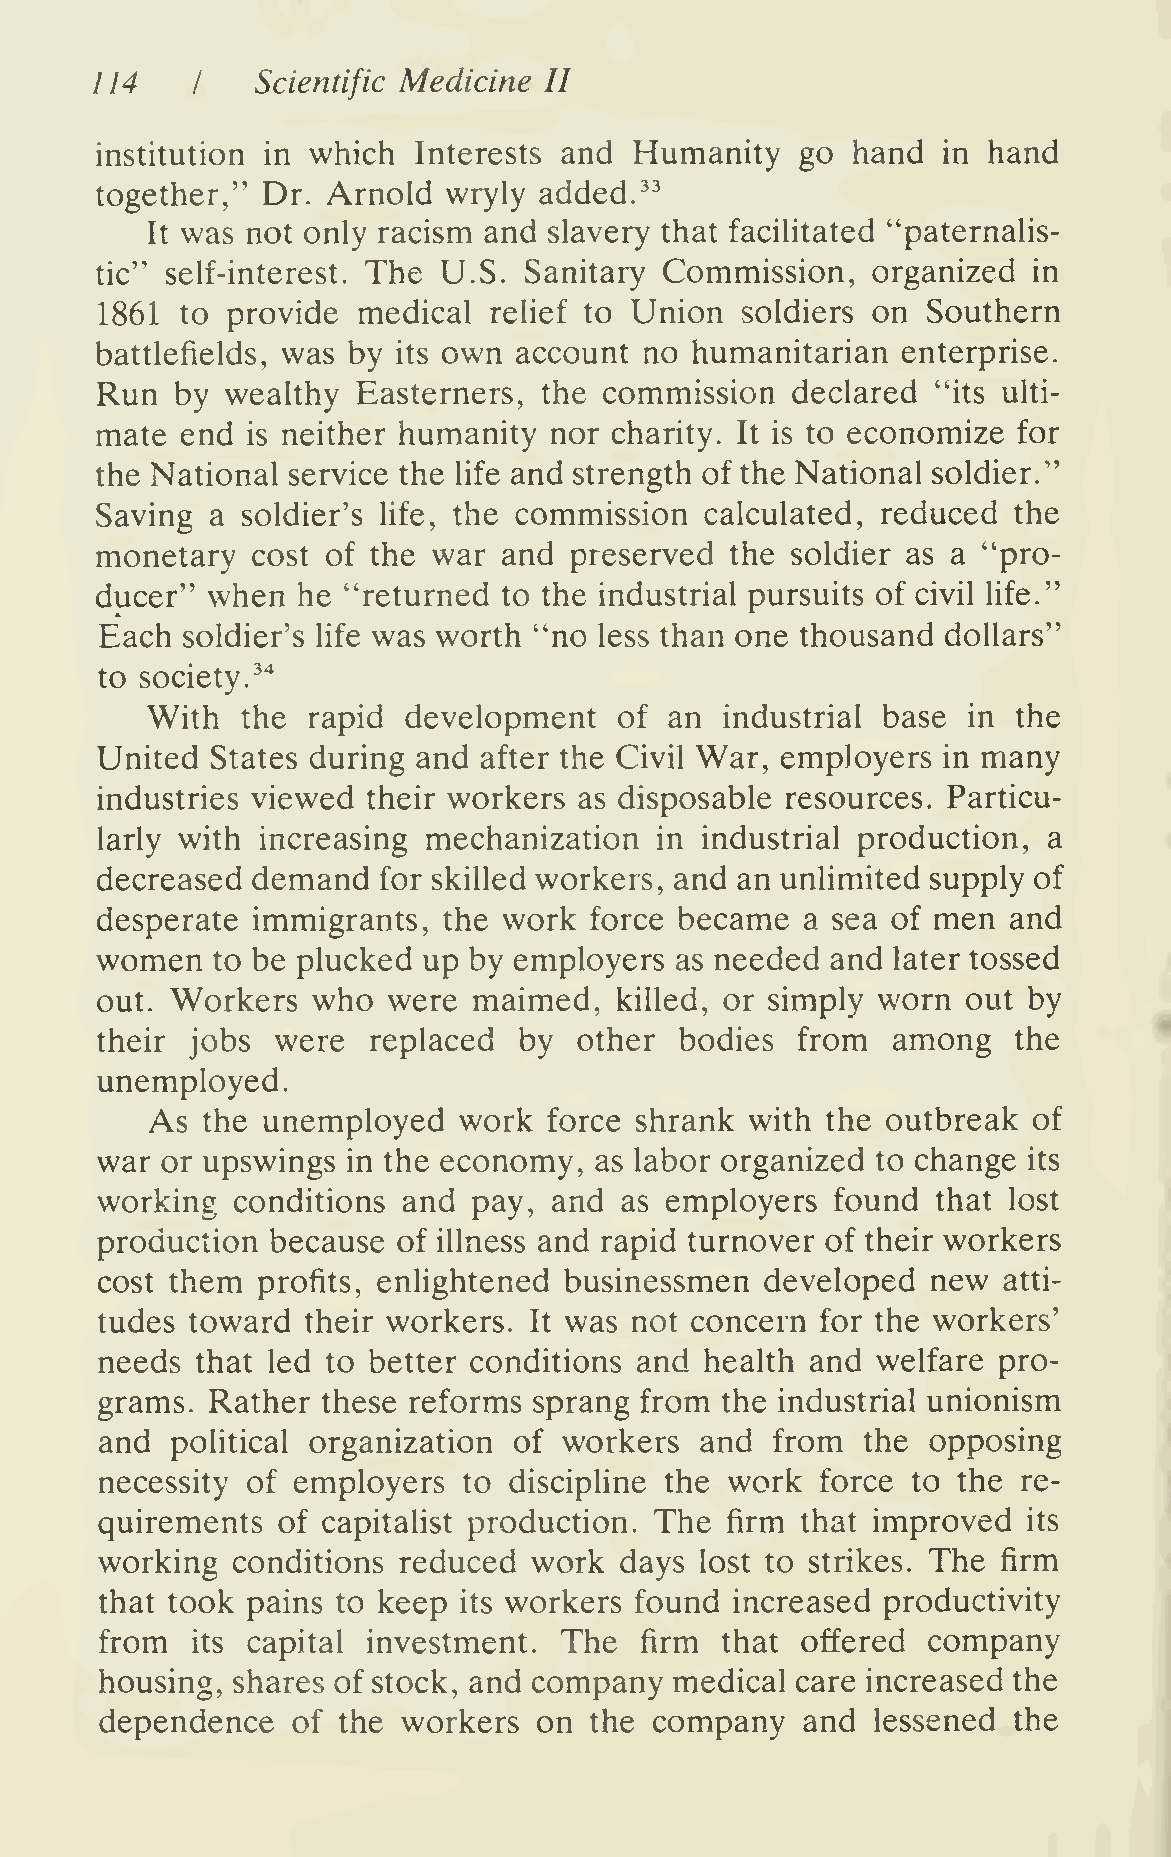
114        Scientific Medicine II
 I
 institution in which Interests and  Humanity   go hand  in hand
 together," Dr.  Arnold wryly  added."
 It was not only racism and slavery that facilitated "paternalis-
 tic" self-interest. The U.S. Sanitary Commission,   organized in
 1861  to provide  medical relief to Union  soldiers on Southern
 battlefields, was by its own account no humanitarian  enterprise.
 Run   by wealthy  Easterners, the commission  declared  "its ulti-
 mate  end is neither humanity nor  charity. It is to economize for
 the National service the life and strength of the National soldier."
 Saving  a soldier's life, the commission calculated, reduced the
 monetary   cost of the war and  preserved the soldier as a "pro-
 ducer"  when  he "returned to the industrial pursuits of civil life."
 Each soldier's life was worth "no less than one thousand dollars"
 to society.^"^
 With  the rapid  development   of an  industrial base in the
 United  States during and after the Civil War, employers in many
 industries viewed their workers as disposable resources. Particu-
 larly with increasing mechanization  in industrial production, a
 decreased  demand  for skilled workers, and an unlimited supply of
 desperate  immigrants, the work  force became  a sea of men  and
 women   to be plucked up by employers  as needed and later tossed
 out. Workers   who  were maimed,   killed, or simply worn out by
 their  jobs were  replaced  by  other  bodies  from  among   the
 unemployed.
 As the unemployed   work  force shrank  with the outbreak of
 war  or upswings in the economy, as labor organized to change its
 working  conditions  and pay,  and as employers  found  that lost
 production  because of illness and rapid turnover of their workers
 cost them  profits, enhghtened businessmen   developed  new atti-
 tudes  toward their workers. It was not concern for the workers'
 needs that led to better conditions and health and welfare pro-
 grams.  Rather these reforms sprang from  the industrial unionism
 and political organization of workers  and  from  the  opposing
 necessity of employers  to discipline the work force to the  re-
 quirements of capitalist production. The firm that improved  its
 working  conditions reduced  work  days lost to strikes. The firm
 that took pains to keep its workers found increased productivity
 from  its capital investment. The  firm  that offered company
 housing, shares of stock, and company medical care increased the
 dependence  of the  workers  on the company   and  lessened the